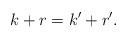
LaTeX: \begin{align*}k+r=k'+r'.\end{align*}